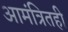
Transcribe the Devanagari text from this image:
आमंत्रितही